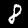
Digit: 8